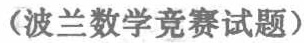
（波兰数学竞赛试题）